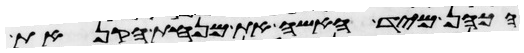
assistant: הכהן מיד האשה את מנחת הקנאת